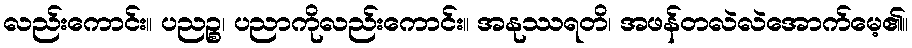
လည်းကောင်း။ ပညဉ္စ၊ ပညာကိုလည်းကောင်း။ အနုဿရတိ၊ အဖန်တလဲလဲအောက်မေ့၏။